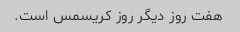
هفت روز دیگر روز کریسمس است.